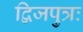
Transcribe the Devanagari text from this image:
द्विजपुत्रः